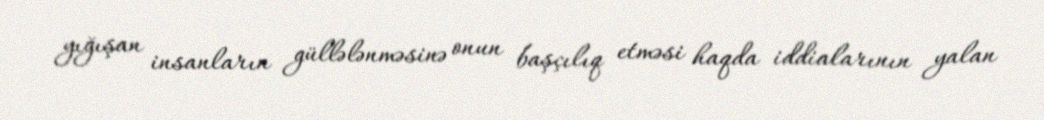
yığışan insanların güllələnməsinə onun başçılıq etməsi haqda iddialarının yalan